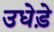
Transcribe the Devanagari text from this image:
उधेड़े